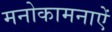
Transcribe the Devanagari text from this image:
मनोकामनाऐं